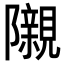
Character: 𮥰